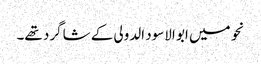
نحو میں ابو الاسود الدولی کے شاگرد تھے۔